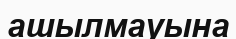
ашылмауына